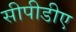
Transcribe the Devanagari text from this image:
सीपीडीए